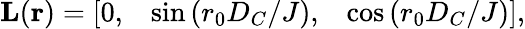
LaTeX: \begin{array}{r}{{\mathbf{L}}({\mathbf{r}})=\left[\begin{array}{lll}{0,}&{\sin{(r_{0}D_{C}/J)},}&{\cos{(r_{0}D_{C}/J)}}\end{array}\right],}\end{array}